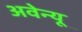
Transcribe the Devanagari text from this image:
अवेन्यू